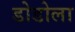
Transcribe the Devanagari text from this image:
डोडोला